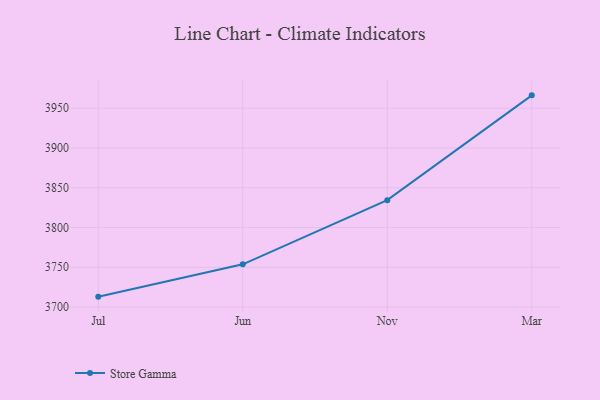
{"axis": {"x": "Month", "y": "Population (Million)"}, "legend": ["Store Gamma"], "data": [{"x": "Jul", "y": 3713.1, "type": "Store Gamma"}, {"x": "Jun", "y": 3753.7, "type": "Store Gamma"}, {"x": "Nov", "y": 3834.4, "type": "Store Gamma"}, {"x": "Mar", "y": 3966.1, "type": "Store Gamma"}]}